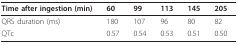
| Time after ingestion (min) | 60 | 99 | 113 | 145 | 205 |
 | --- | --- | --- | --- | --- | --- |
 | QRS duration (ms) | 180 | 107 | 96 | 80 | 82 |
 | QTc | 0.57 | 0.54 | 0.53 | 0.51 | 0.50 |